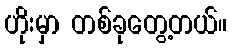
ဟိုးမှာ တစ်ခုတွေ့တယ်။